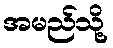
အမည်သို့